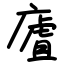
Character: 㢒